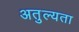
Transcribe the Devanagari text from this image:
अतुल्यता